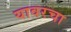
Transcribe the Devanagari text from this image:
यावरचा